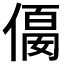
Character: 𠍛